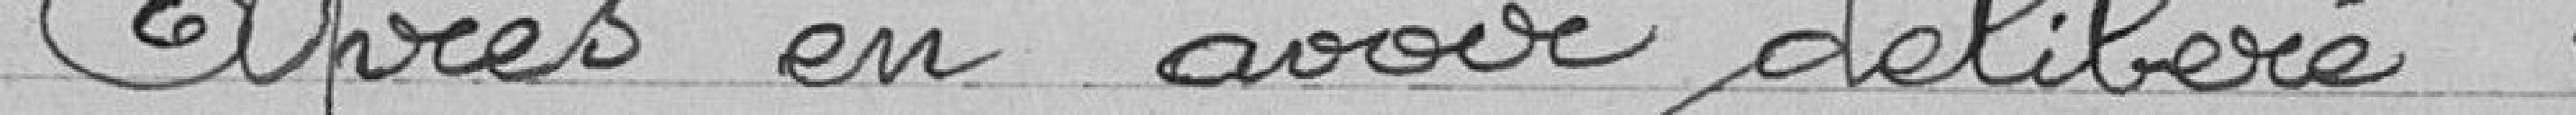
Après avoir délibéré :